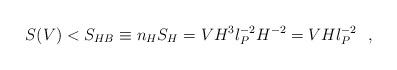
\begin{align*}S(V) < S_{HB} \equiv n_H S_H = V H^3 l_P^{-2} H^{-2} = V H l_P^{-2} ~~,\end{align*}